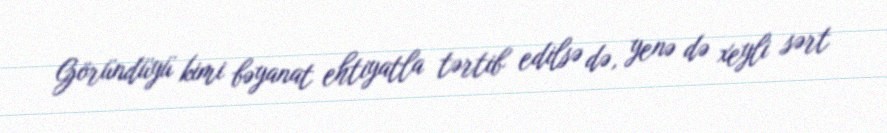
Göründüyü kimi bəyanat ehtiyatla tərtib edilsə də, yenə də xeyli sərt